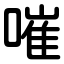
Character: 嗺